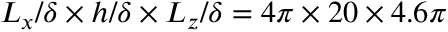
L _ { x } / \delta \times h / \delta \times L _ { z } / \delta = 4 \pi \times 2 0 \times 4 . 6 \pi